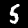
Digit: 5